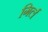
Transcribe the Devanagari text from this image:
गिर्ल